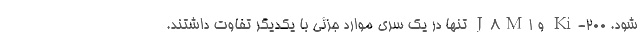
شود. Ki-200 و J8M1 تنها در یک سری موارد جزئی با یکدیگر تفاوت داشتند.